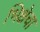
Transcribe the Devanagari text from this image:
भिक्षेचा